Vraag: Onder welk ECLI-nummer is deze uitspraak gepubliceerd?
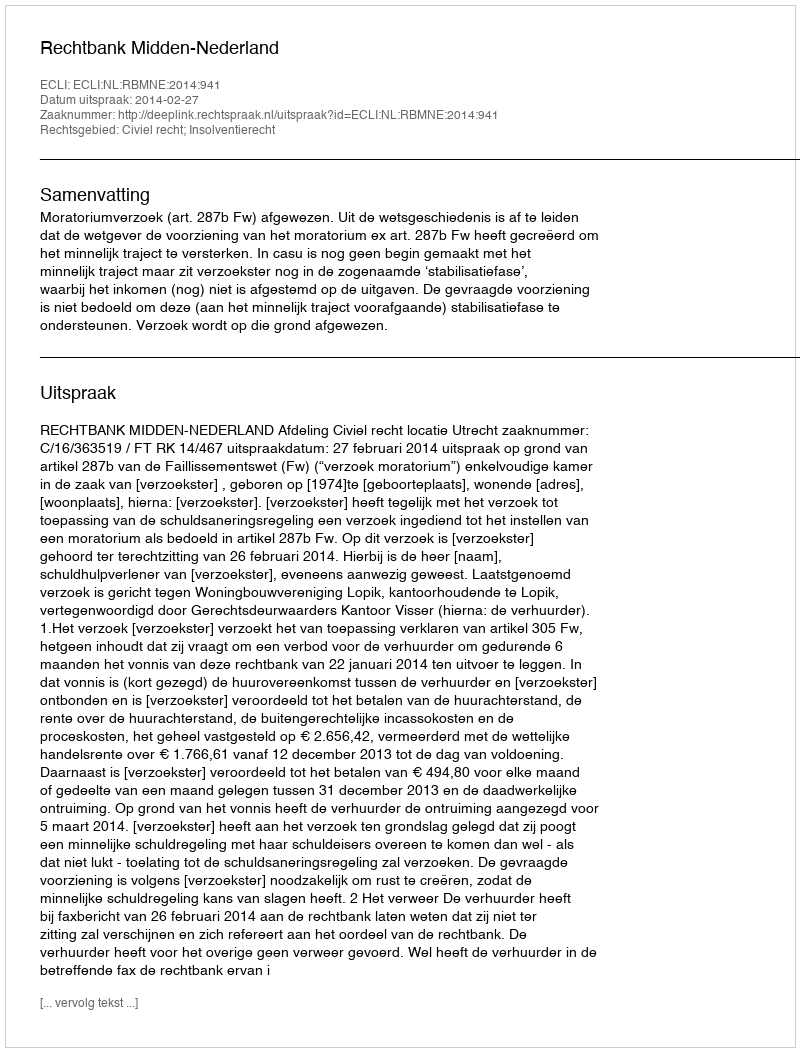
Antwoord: ECLI:NL:RBMNE:2014:941